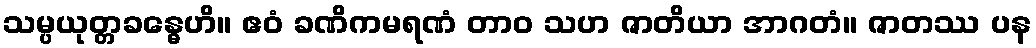
သမ္ပယုတ္တခန္ဓေဟိ။ ဧဝံ ခဏိကမရဏံ တာဝ သဟ ဇာတိယာ အာဂတံ။ ဇာတဿ ပန